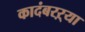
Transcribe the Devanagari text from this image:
कादंबरऱ्या